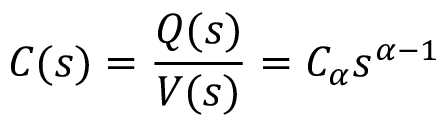
C ( s ) = \frac { Q ( s ) } { V ( s ) } = C _ { \alpha } s ^ { \alpha - 1 }